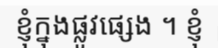
ខ្ញុំក្នុងផ្លូវផ្សេង ។ ខ្ញុំ